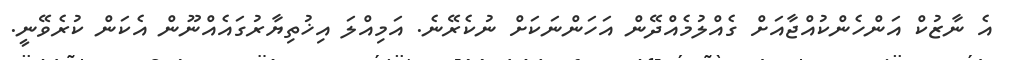
އެ ނާޒުކް އަންހެންކުއްޖާއަށް ގެއްލުމެއްދޭން އަހަންނަކަށް ނުކެރޭނެ. އަމިއްލަ އިޚުތިޔާރުގައެއްނޫން އެކަން ކުރެވޭނީ.